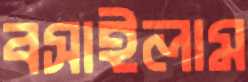
বসাইলাম